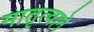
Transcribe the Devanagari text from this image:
मातृत्वाने